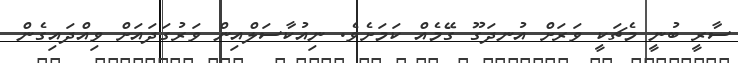
ސާރީ ބުނީ މެޗަކީ ވަރަށް އުނދަގޫ ގޭމެއް ކަމަށެވެ. ނިއުކާސަލްއިން ވަރުގަދައަށް ވިއްދައިގެން